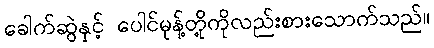
ခေါက်ဆွဲနှင့် ပေါင်မုန့်တို့ကိုလည်းစားသောက်သည်။